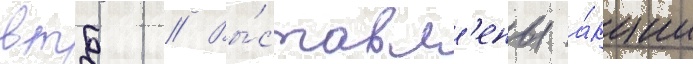
втб // Вы́ставл'ены а́кции